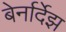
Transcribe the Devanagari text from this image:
बेर्नार्देझ